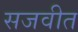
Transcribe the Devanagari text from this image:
सजवीत